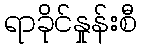
ရာခိုင်နှုန်းစီ